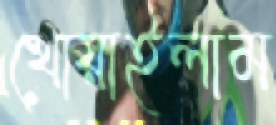
খোয়াইলাম